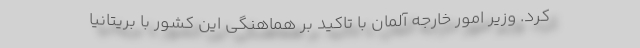
کرد. وزیر امور خارجه آلمان با تاکید بر هماهنگی این کشور با بریتانیا